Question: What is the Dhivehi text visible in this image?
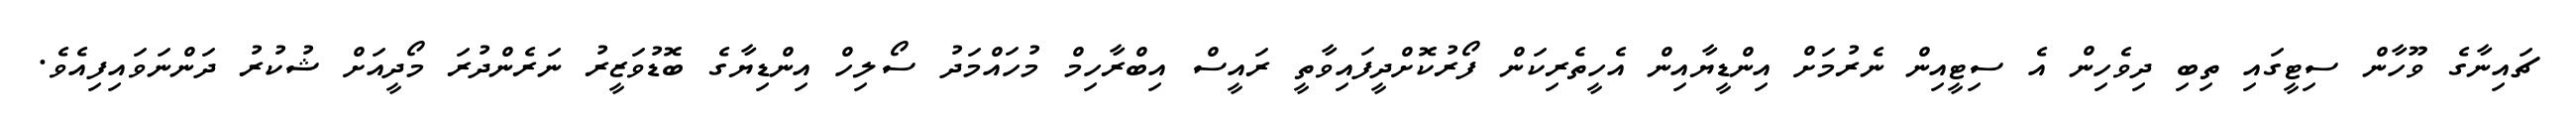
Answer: ޗައިނާގެ ވޫހާން ސިޓީގައި ތިބި ދިވެހިން އެ ސިޓީއިން ނެރުމަށް އިންޑީޔާއިން އެހީތެރިކަން ފޯރުކޮށްދީފައިވާތީ ރައީސް އިބްރާހިމް މުހައްމަދު ސޯލިހް އިންޑިޔާގެ ބޮޑުވަޒީރު ނަރެންދުރަ މޯދީއަށް ޝުކުރު ދަންނަވައިފިއެވެ.